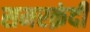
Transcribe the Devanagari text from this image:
समरक़ंदी